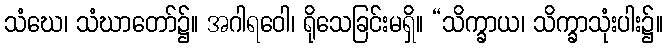
သံဃေ၊ သံဃာတော်၌။ အဂါရဝေါ၊ ရိုသေခြင်းမရှိ။ “သိက္ခာယ၊ သိက္ခာသုံးပါး၌။